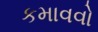
કમાવવો